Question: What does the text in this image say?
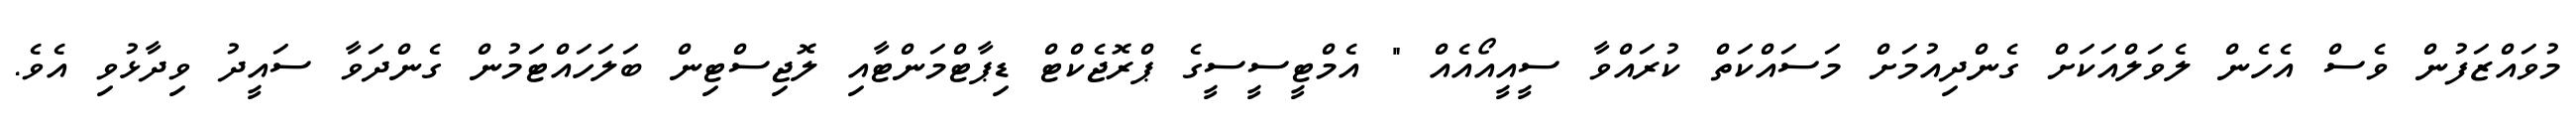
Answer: މުވައްޒަފުން ވެސް އެހެން ލެވަލްއަކަށް ގެންދިއުމަށް މަސައްކަތް ކުރައްވާ ސީއީއޯއެއް " އެމްޓީސީސީގެ ޕްރޮޖެކްޓް ޑިޕާޓްމަންޓާއި ލޮޖިސްޓިން ބަލަހައްޓަމުން ގެންދަވާ ސައީދު ވިދާޅުވި އެވެ.